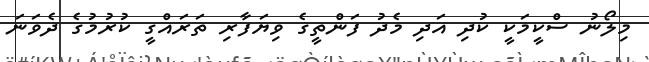
މިލޯނު ސްކީމަކީ ކުދި އަދި މެދު ފަންތީގެ ވިޔަފާރި ތަރައްގީ ކުރުމުގެ ދެވަނަ